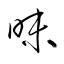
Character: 昧